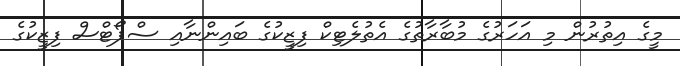
މީގެ އިތުރުން މި އަހަރުގެ މުބާރާތުގެ އެތުލެޓިކް ފިޒީކުގެ ބައިންނާއި ސްޕޯޓްސް ފިޒީކުގެ